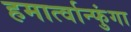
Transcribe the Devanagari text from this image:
हमार्त्वान्फुंगा